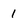
Character: 1